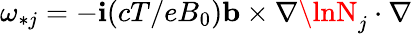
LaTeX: \omega_{*j}=-\mathbf{i}(cT/eB_{0})\mathbf{{b}}\times\nabla\lnN_{j}\cdot\nabla